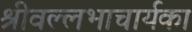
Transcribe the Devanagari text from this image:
श्रीवल्लभाचार्यका